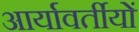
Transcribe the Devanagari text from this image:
आर्यावर्तीयों